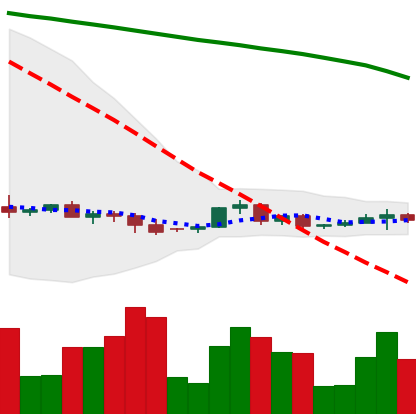
Ticker: XRP-USD
Chart end date: 2022-06-08
Forward return: -22.425%
Label: down_7plus